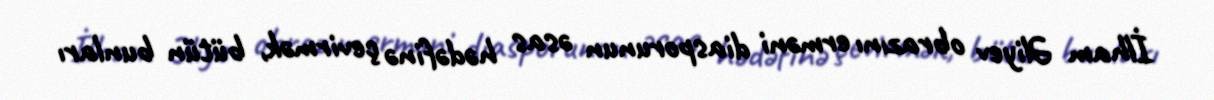
İlham Əliyev obrazını erməni diasporunun əsas hədəfinə çevirmək, bütün bunları